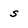
Character: s